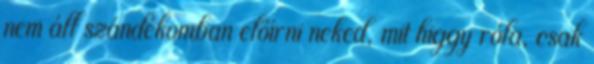
nem áll szándékomban előírni neked, mit higgy róla, csak